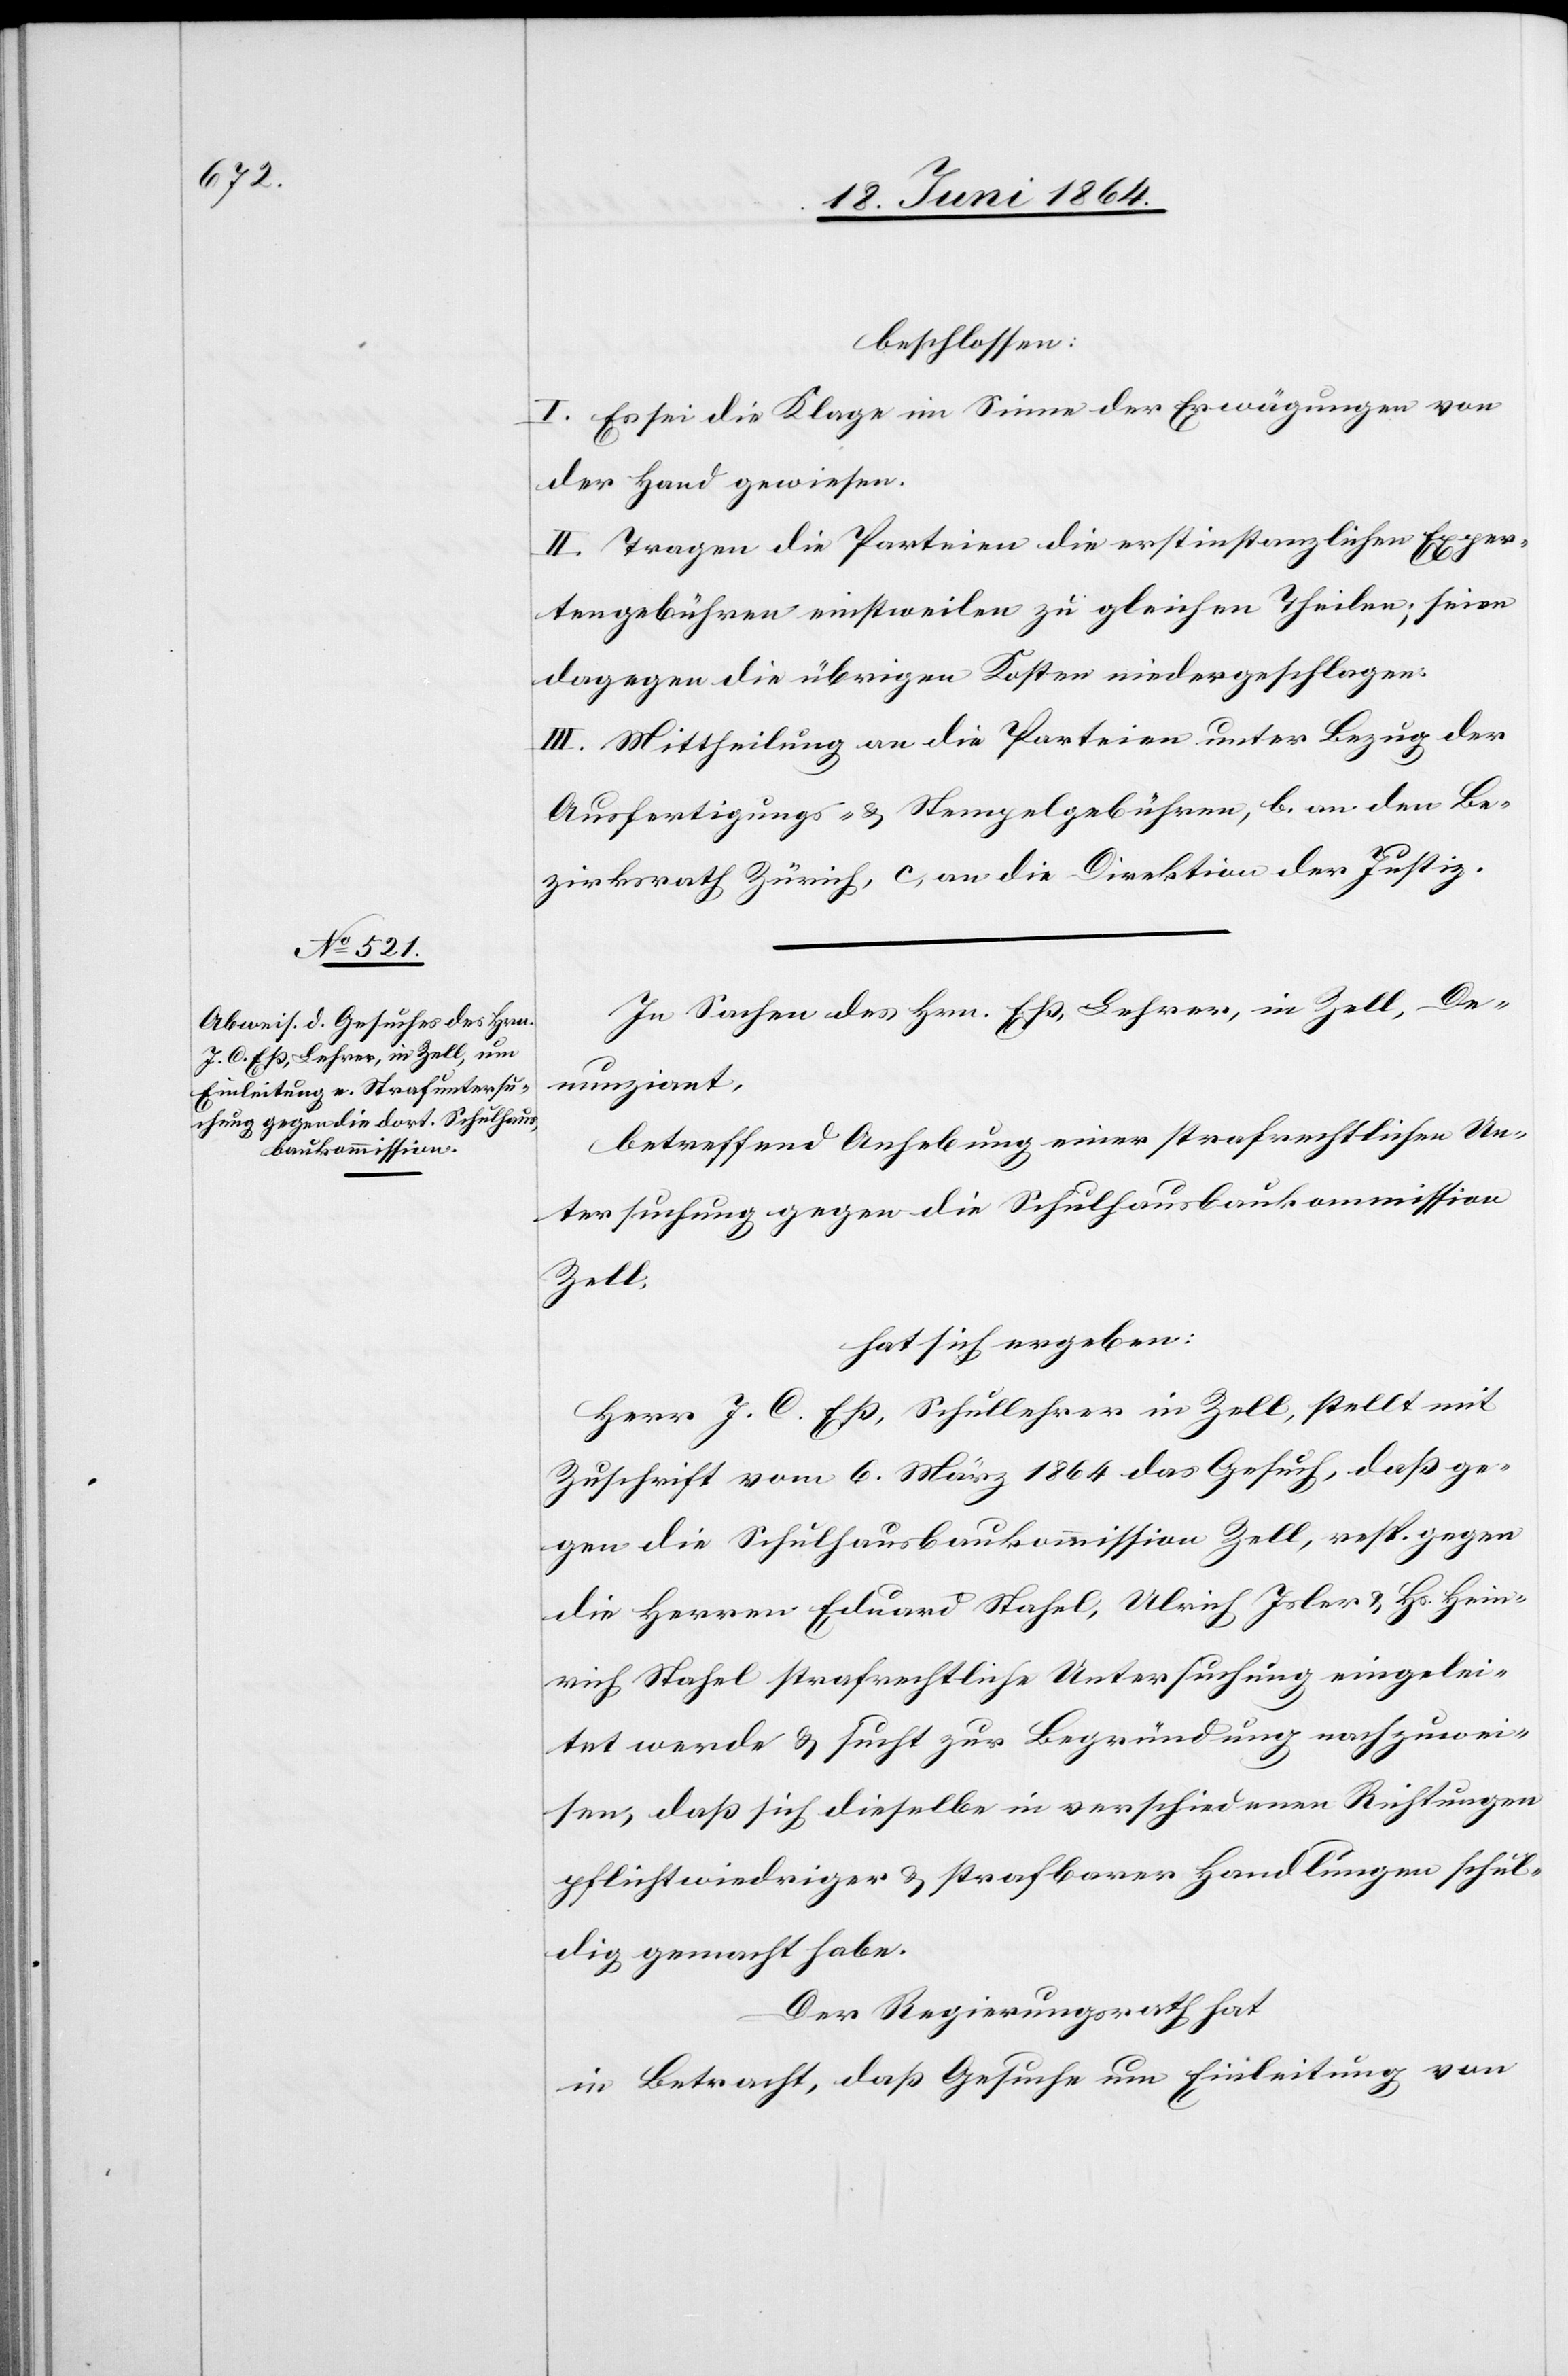
beschlossen:
I. Es sei die Klage im Sinne der Erwägungen von
der Hand gewiesen.
II. Tragen die Parteien die erstinstanzlichen Exper¬
tengebühren einstweilen zu gleichen Theilen; seien
dagegen die übrigen Kosten niedergeschlagen.
III. Mittheilung [a.] an die Parteien unter Bezug der
Ausfertigungs- u. Stempelgebühren, b. an den Be¬
zirksrath Zürich, c. an die Direktion der Justiz.
In Sachen des Hrn. Eß, Lehrer, in Zell, De¬
nunziant,
betreffend Anhebung einer strafrechtlichen Un¬
tersuchung gegen die Schulhausbaukommission
Zell,
hat sich ergeben:
Herr J. C. Eß, Schullehrer in Zell, stellt mit
Zuschrift vom 6. März 1864 das Gesuch, daß ge¬
gen die Schulhausbaukommission Zell, resp. gegen
die Herren Eduard Stahel, Ulrich Isler u. Hs. Hein¬
rich Stahel strafrechtliche Untersuchung eingelei¬
tet werde u. sucht zur Begründung nachzuwei¬
sen, daß sich dieselbe in verschiedenen Richtungen
pflichtwiedriger u. strafbarer Handlungen schul¬
dig gemacht habe.
Der Regierungsrath hat
in Betracht, daß Gesuche um Einleitung von